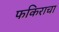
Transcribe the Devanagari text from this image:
फकिराचा